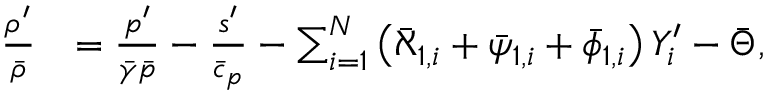
\begin{array} { r l } { \frac { \rho ^ { \prime } } { \bar { \rho } } } & { = \frac { p ^ { \prime } } { \bar { \gamma } \bar { p } } - \frac { s ^ { \prime } } { \bar { c } _ { p } } - \sum _ { i = 1 } ^ { N } \left( \bar { \aleph } _ { 1 , i } + \bar { \psi } _ { 1 , i } + \bar { \phi } _ { 1 , i } \right) Y _ { i } ^ { \prime } - \bar { \Theta } , } \end{array}